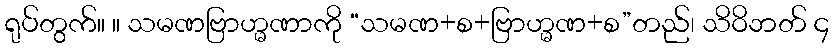
ရုပ်တွက်။ ။ သမဏဗြာဟ္မဏာကို “သမဏ+စ+ဗြာဟ္မဏ+စ”တည်၊ သိဝိဘတ် ၄